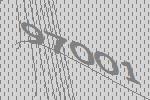
97001